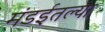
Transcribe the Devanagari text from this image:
मंडईतल्या